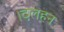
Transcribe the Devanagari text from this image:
।दलहन